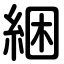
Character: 綑